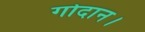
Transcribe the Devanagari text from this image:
गोदान।